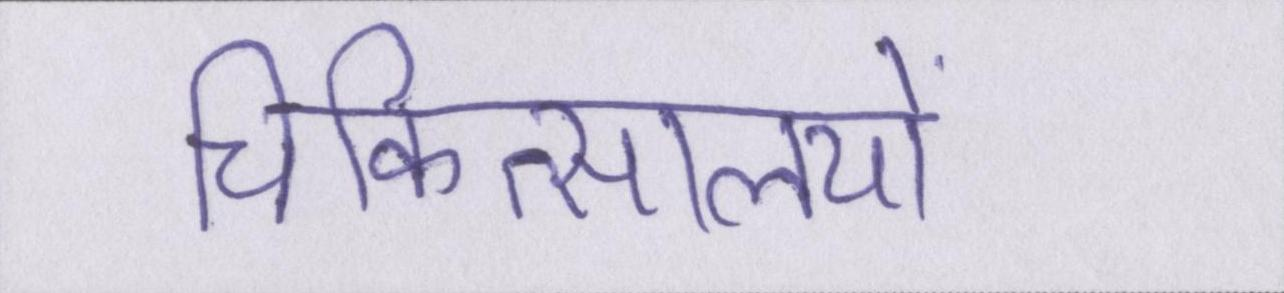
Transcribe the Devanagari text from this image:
चिकित्सालयों